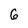
Character: 6